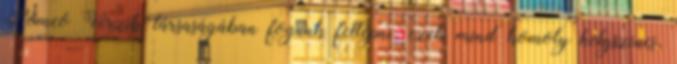
Rómeó Vérzik társaságában fogunk fellépni, ezek mind komoly helyszínes,